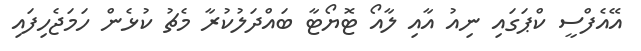
އޭއެފްސީ ކްޕަގައި ނިއު އާއި ލާއޯ ޓޮޔޯޓާ ބައްދަލުކުރާ މެޗު ކުޅެން ހަމަޖެހިފައި